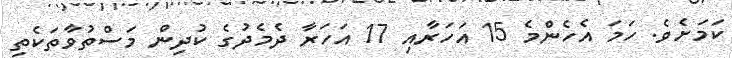
ކަމަށެވެ. ހަމަ އެހެންމެ 15 އަހަރާއި 17 އަހަރާ ދެމެދުގެ ކުދިން މަސްތުވާތަކެތި